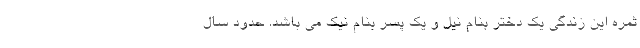
ثمره این زندگی یک دختر بنام نیل و یک پسر بنام نیک می باشد. حدود سال